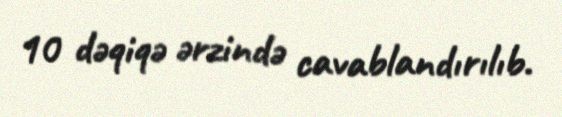
10 dəqiqə ərzində cavablandırılıb.